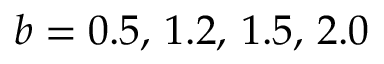
b = 0 . 5 , \, 1 . 2 , \, 1 . 5 , \, 2 . 0